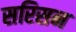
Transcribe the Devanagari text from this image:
सरिसन